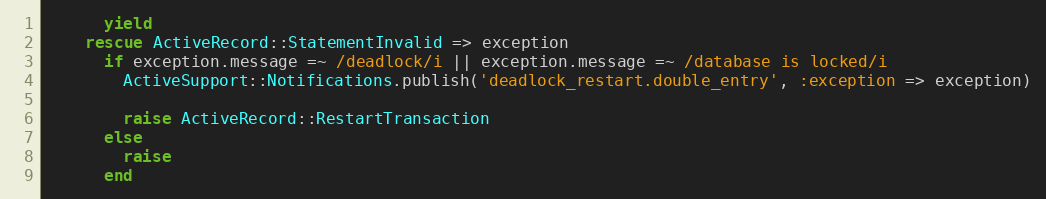
Language: Ruby
      yield
    rescue ActiveRecord::StatementInvalid => exception
      if exception.message =~ /deadlock/i || exception.message =~ /database is locked/i
        ActiveSupport::Notifications.publish('deadlock_restart.double_entry', :exception => exception)

        raise ActiveRecord::RestartTransaction
      else
        raise
      end